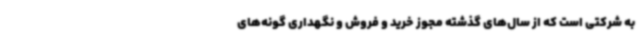
به شرکتی است که از سال‌های گذشته مجوز خرید و فروش و نگهداری گونه‌های